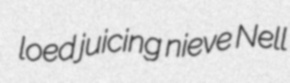
loed juicing nieve Nell